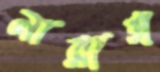
নারাঙ্গ